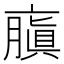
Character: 𠆍